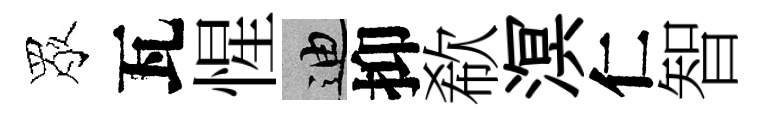
眾瓦惺迪抑欷溟仁智